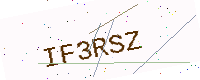
Text: IF3RSZ